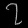
Digit: ၇